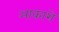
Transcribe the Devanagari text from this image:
आकाशे